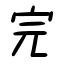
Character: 完